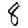
Digit: 8